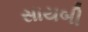
સાયબી